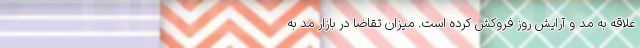
علاقه به مد و آرایش روز فروکش کرده است. میزان تقاضا در بازار مد به